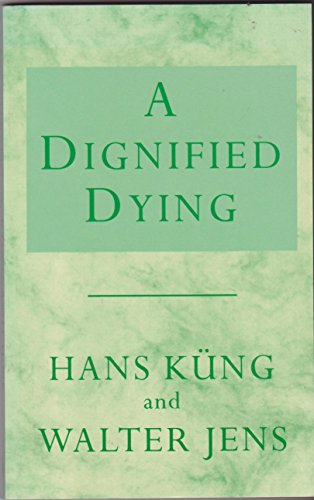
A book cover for A Dignified Dying; Hans Kung; Law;